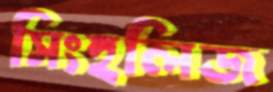
সিংহলিজ